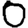
Digit: 0